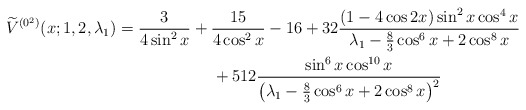
\begin{gather*} \widetilde{V}^{(0^{2})}(x;1,2,\lambda _{1}) = \frac{3}{4\sin^2 x} + \frac{15}{4\cos^2 x} - 16 + 32 \frac{(1-4\cos 2x) \sin^2 x \cos^4 x} {\lambda_1 - \frac{8}{3}\cos^6 x + 2\cos^8 x} \\\hphantom{\widetilde{V}^{(0^{2})}(x;1,2,\lambda _{1}) =} {}+ 512 \frac{\sin^6 x \cos^{10}x}{\big(\lambda_1 - \frac{8}{3}\cos^6 x + 2\cos^8 x\big)^2}\end{gather*}